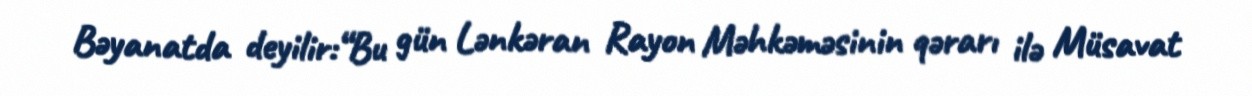
Bəyanatda deyilir:“Bu gün Lənkəran Rayon Məhkəməsinin qərarı ilə Müsavat